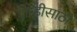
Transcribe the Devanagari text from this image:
दोन्हीसाठी